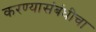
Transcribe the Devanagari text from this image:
करण्यासंबंधीचा